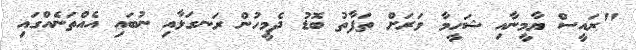
"ރައީސް ޔާމީނާއި ޝަހީމާ ވަރަށް ތަފާތު ބޮޑު ދެމީހުން ރަނގަޅާއި ނުބައި އެއްތަނެއްގައި